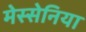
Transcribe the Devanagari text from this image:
मेस्सेनिया